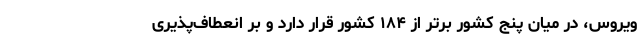
ویروس، در میان پنج کشور برتر از ۱۸۴ کشور قرار دارد و بر انعطاف‌پذیری